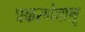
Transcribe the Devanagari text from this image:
प्रकरणेचालू